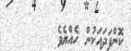
ކޮންފަދައަކުން ހެއްޔެވެ